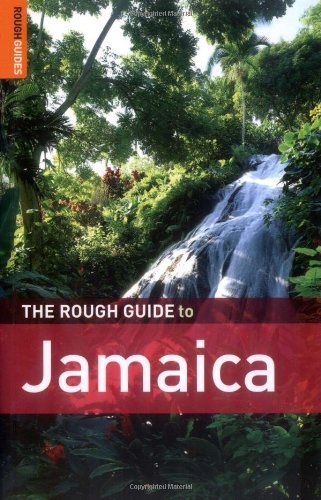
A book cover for The Rough Guide to Jamaica, 4th Edition; Polly Thomas; Travel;